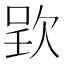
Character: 𣣆